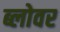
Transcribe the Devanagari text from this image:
ब्लोवर